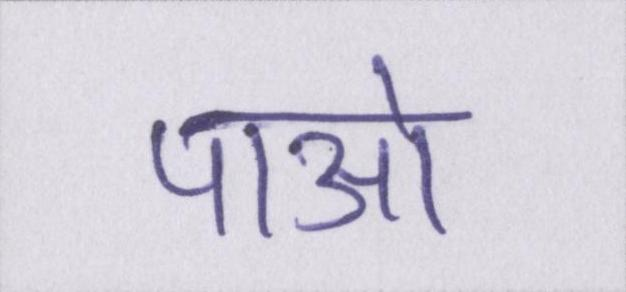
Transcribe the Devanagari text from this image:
पाओ